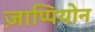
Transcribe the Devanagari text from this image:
ज़ाप्पियोन